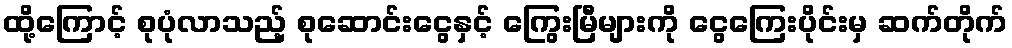
ထို့ကြောင့် စုပုံလာသည့် စုဆောင်းငွေနှင့် ကြွေးမြီများကို ငွေကြေးပိုင်းမှ ဆက်တိုက်